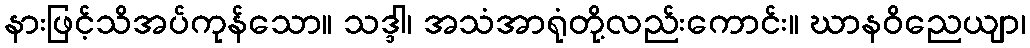
နားဖြင့်သိအပ်ကုန်သော။ သဒ္ဒါ၊ အသံအာရုံတို့လည်းကောင်း။ ဃာနဝိညေယျာ၊